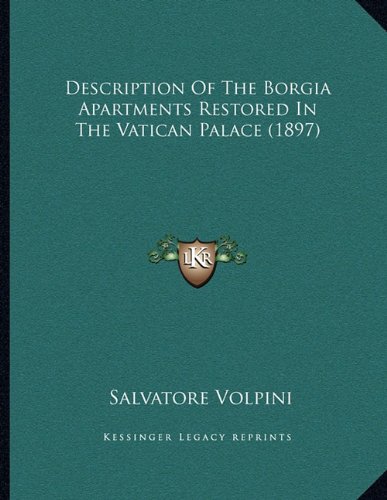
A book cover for Description Of The Borgia Apartments Restored In The Vatican Palace (1897); Salvatore Volpini; Travel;